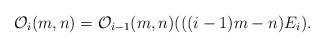
LaTeX: \begin{align*} \mathcal{O}_{i}(m,n)=\mathcal{O}_{i-1}(m,n)(((i-1)m-n)E_{i}). \end{align*}